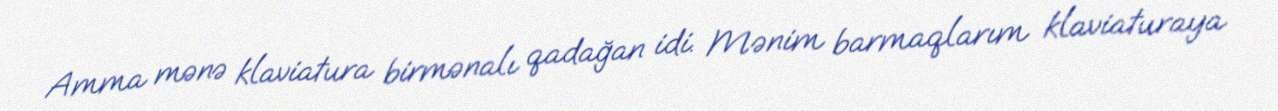
Amma mənə klaviatura birmənalı qadağan idi. Mənim barmaqlarım klaviaturaya